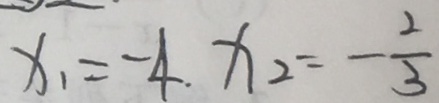
x _ { 1 } = - 4 . x _ { 2 } = - \frac { 2 } { 3 }